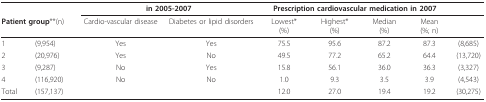
| <COLSPAN=2>  | <COLSPAN=2> in 2005-2007 | <COLSPAN=4> Prescription cardiovascular medication in 2007 |  |
 | <COLSPAN=2> Patient group**(n) | Cardio-vascular disease | Diabetes or lipid disorders | Lowest*(%) | Highest*(%) | Median(%) | Mean(%; n) |  |
 | --- | --- | --- | --- | --- | --- | --- | --- | --- |
 | 1 | (9,954) | Yes | Yes | 75.5 | 95.6 | 87.2 | 87.3 | (8,685) |
 | 2 | (20,976) | Yes | No | 49.5 | 77.2 | 65.2 | 64.4 | (13,720) |
 | 3 | (9,287) | No | Yes | 15.8 | 56.1 | 36.0 | 36.3 | (3,327) |
 | 4 | (116,920) | No | No | 1.0 | 9.3 | 3.5 | 3.9 | (4,543) |
 | Total | (157,137) |  |  | 12.0 | 27.0 | 19.4 | 19.2 | (30,275) |